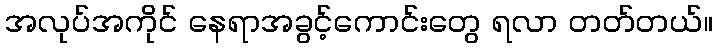
အလုပ်အကိုင် နေရာအခွင့်ကောင်းတွေ ရလာ တတ်တယ်။